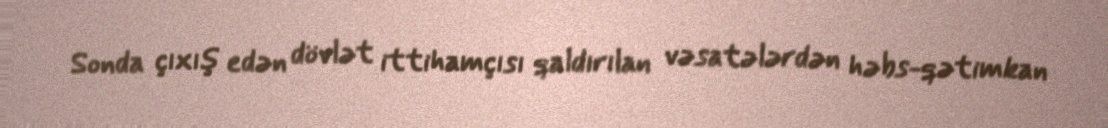
Sonda çıxış edən dövlət ittihamçısı qaldırılan vəsatələrdən həbs-qətimkan